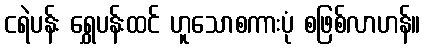
ငရဲပန်း ရွှေပန်းထင် ဟူသောစကားပုံ စဖြစ်လာဟန်။